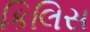
કિલિસ